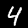
Label: 4